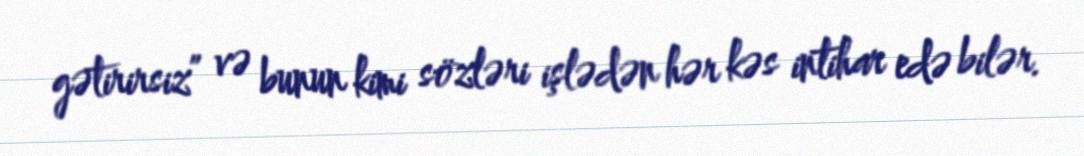
gətirirsiz” və bunun kimi sözləri işlədən hər kəs intihar edə bilər.